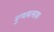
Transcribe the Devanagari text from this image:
मुग्धबलाक